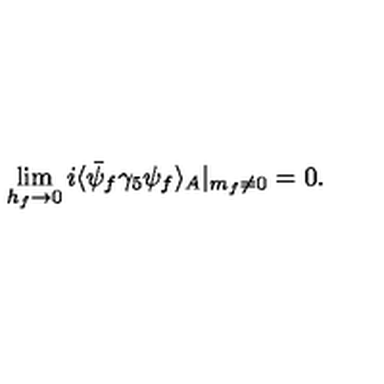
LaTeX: \lim _ { h _ { f } \rightarrow 0 } i \langle \bar { \psi } _ { f } \gamma _ { 5 } \psi _ { f } \rangle _ { A } | _ { m _ { f } \ne 0 } = 0 .